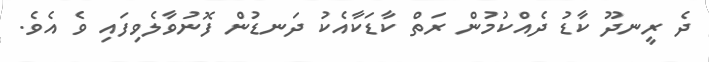
ދެ ރީނދޫ ކާޑު ދެއްކުމުން ރަތް ކާޑަކާއެކު ދަނޑުން ފޮނުވާލެވިފައި ވެ އެވެ.